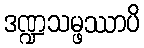
ဒဏ္ဍသမ္ဖဿာပိ